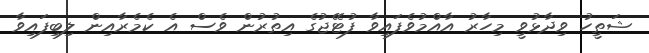
ޝަތީހު ވިދާޅުވީ މިހާރު އާއްމުވެފައިވާ ފުޓޭޖުގެ އިތުރުން ވެސް އެ ކެމެރާއިން ލިބިފައިވާ